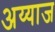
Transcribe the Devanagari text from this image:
अय्याज